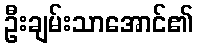
ဦးချမ်းသာအောင်၏